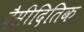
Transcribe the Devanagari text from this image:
दैसीदितिक